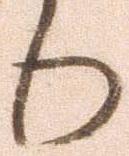
り